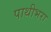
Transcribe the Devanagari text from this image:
पाथीभरा